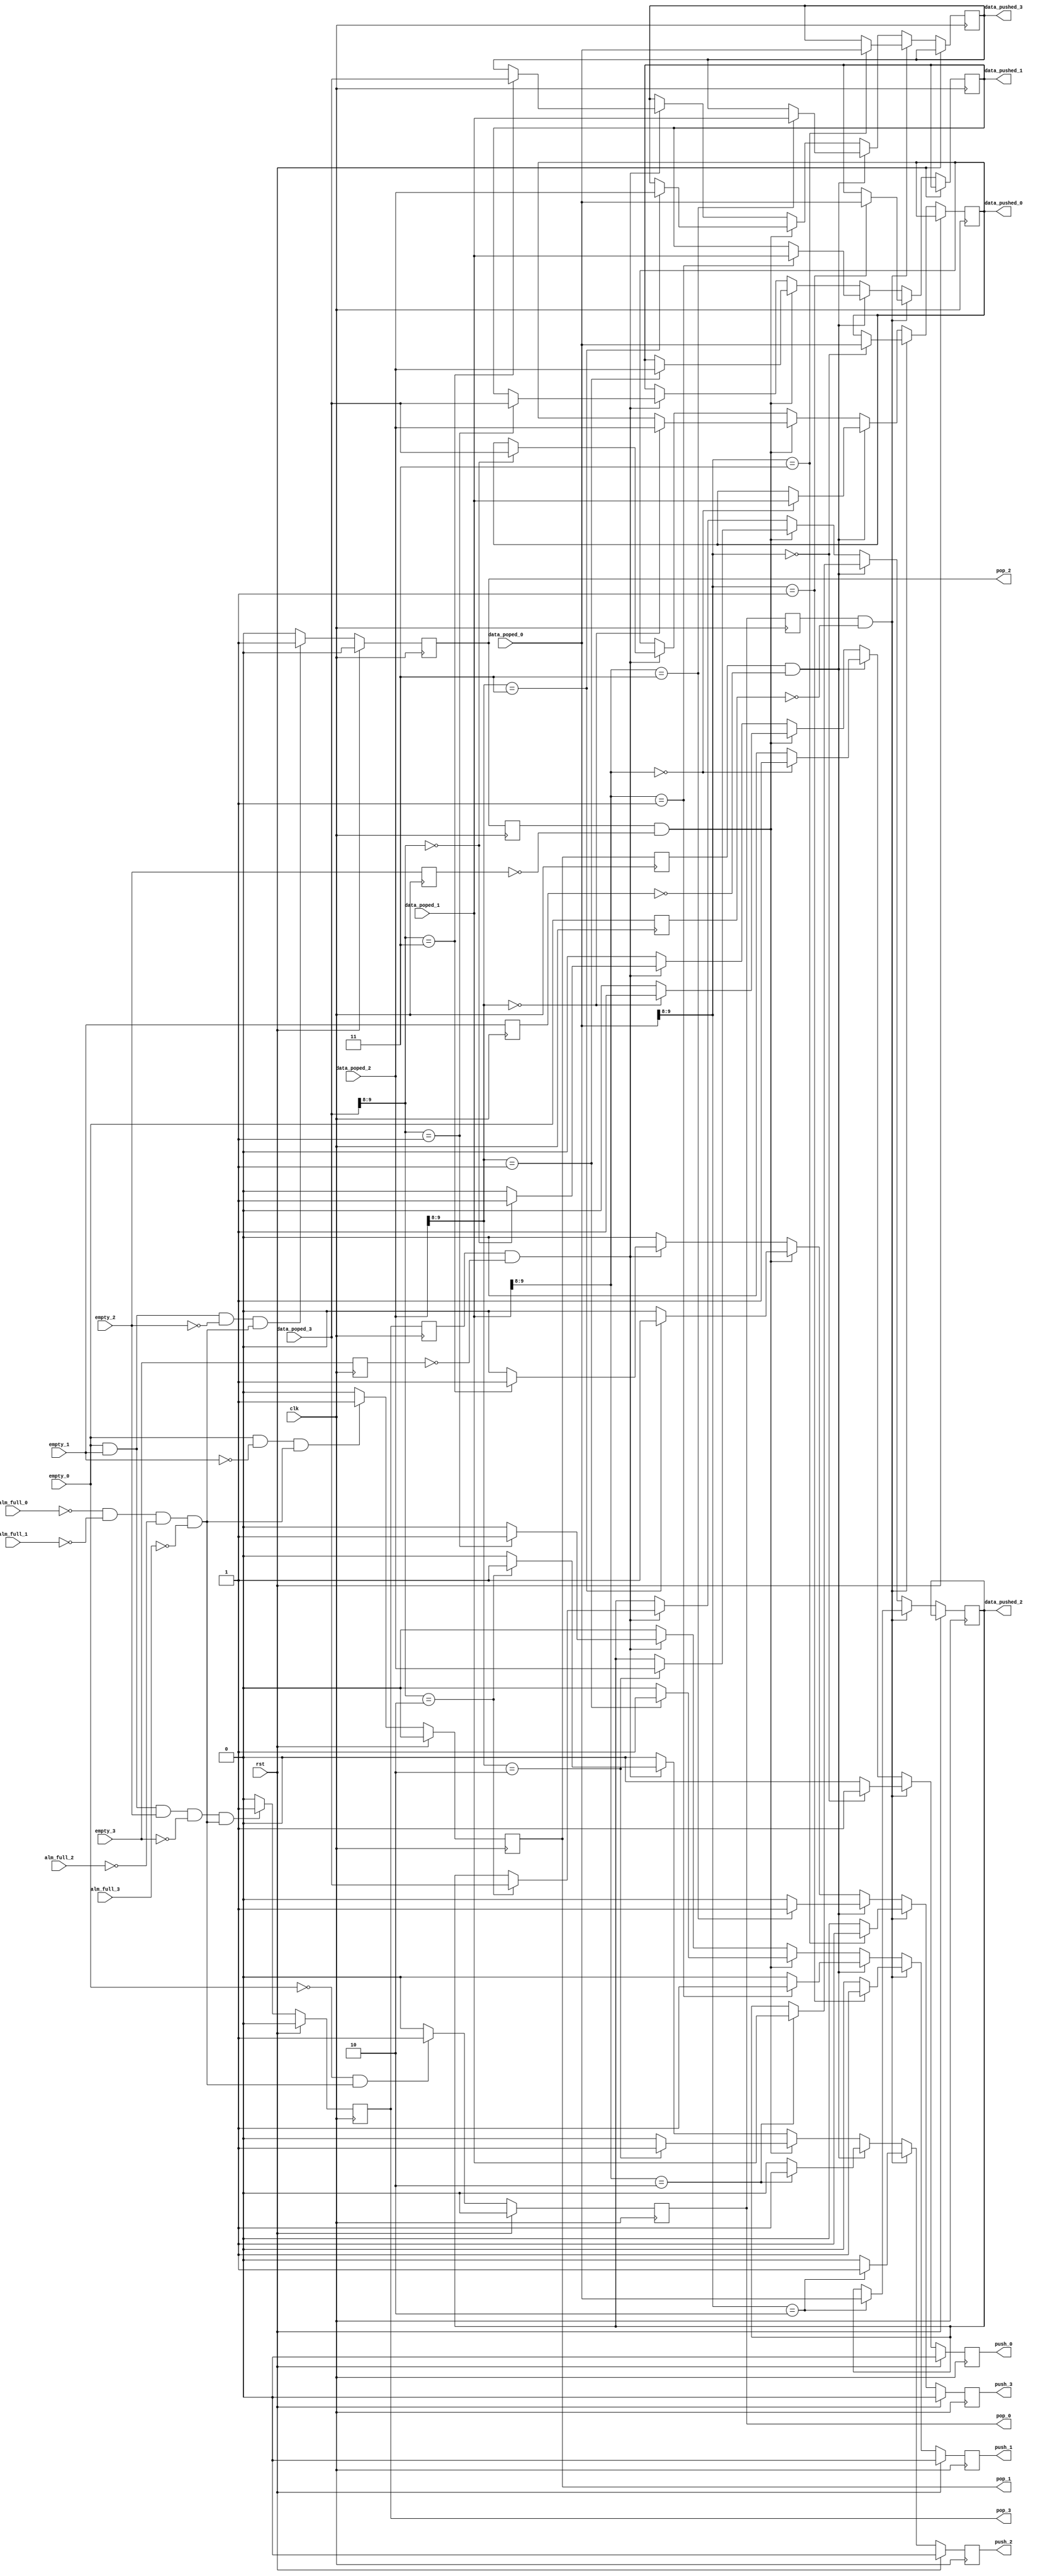
module arbitro_cond (
		     input 	      clk,
		     input 	      rst,
		     input 	      empty_0,
		     input 	      empty_1,
		     input 	      empty_2,
		     input 	      empty_3,
		     input 	      alm_full_0,
		     input 	      alm_full_1,
		     input 	      alm_full_2,
		     input 	      alm_full_3,
		     input [9:0]      data_poped_0,
		     input [9:0]      data_poped_1,
		     input [9:0]      data_poped_2,
		     input [9:0]      data_poped_3,
		     output reg       pop_0,
		     output reg       pop_1,
		     output reg       pop_2,
		     output reg       pop_3,
		     output reg       push_0,
		     output reg       push_1,
		     output reg       push_2,
		     output reg       push_3,
		     output reg [9:0] data_pushed_0,
		     output reg [9:0] data_pushed_1,
		     output reg [9:0] data_pushed_2,
		     output reg [9:0] data_pushed_3
		     );

   reg 				 pop_0_d, pop_1_d, pop_2_d, pop_3_d, empty_0_d, empty_1_d, empty_2_d, empty_3_d;

   always @(posedge clk) begin
      // Esto es para saber luego de cual FIFO tomar los datos leidos
      pop_0_d <= pop_0;
      pop_1_d <= pop_1;
      pop_2_d <= pop_2;
      pop_3_d <= pop_3;

      empty_0_d <= empty_0;
      empty_1_d <= empty_1;
      empty_2_d <= empty_2;
      empty_3_d <= empty_3;
   end // always @ (posedge clk)
   
   always @(posedge clk) begin

      // Establecer valores en 0
      if (rst) begin
	 pop_0 = 0;
	 pop_1 <= 0;
	 pop_2 <= 0;
	 pop_3 <= 0;
	 push_0 <= 0;
	 push_1 <= 0;
	 push_2 <= 0;
	 push_3 <= 0;
      end

      else begin

	 // Pop's
	 
	 // Pop de P0
	 if (!empty_0 & (!alm_full_0 & !alm_full_1 & !alm_full_2 & !alm_full_3))
	   pop_0 <= 1;
	 else
	   pop_0 <= 0;

	 // Pop de P1
	 if (empty_0 & !empty_1 & (!alm_full_0 & !alm_full_1 & !alm_full_2 & !alm_full_3))
	   pop_1 <= 1;
	 else
	   pop_1 <= 0;

	 // Pop de P2
	 if (empty_0 & empty_1 & !empty_2 & (!alm_full_0 & !alm_full_1 & !alm_full_2 & !alm_full_3))
	   pop_2 <= 1;
	 else
	   pop_2 <= 0;

	 // Pop de P3
	 if (empty_0 & empty_1 & empty_2 & !empty_3 & (!alm_full_0 & !alm_full_1 & !alm_full_2 & !alm_full_3))
	   pop_3 <= 1;
	 else
	   pop_3 <= 0;

	 // Push's
	 
	 // Evaluacion de pushes cuando se popea a FIFO_0
	 if (pop_0_d & !empty_0_d) begin
	    
	    if (data_poped_0[9:8] == 0) begin
	       push_0 <= 1;
	       data_pushed_0 <= data_poped_0;
	    end
	    else
	      push_0 <= 0;

	    if (data_poped_0[9:8] == 1) begin
	       push_1 <= 1;
	       data_pushed_1 <= data_poped_0;
	    end
	    else
	      push_1 <= 0;

	    if (data_poped_0[9:8] == 2) begin
	       push_2 <= 1;
	       data_pushed_2 <= data_poped_0;
	    end
	    else
	      push_2 <= 0;

	    if (data_poped_0[9:8] == 3) begin
	       push_3 <= 1;
	       data_pushed_3 <= data_poped_0;
	    end
	    else
	      push_3 <= 0;
	 end // if (pop_0_d)

	 

	 // Evaluacion de pushes cuando se popea a FIFO_1
	 else if (pop_1_d & !empty_1_d) begin
	    
	    if (data_poped_1[9:8] == 0) begin
	       push_0 <= 1;
	       data_pushed_0 <= data_poped_1;
	    end
	    else
	      push_0 <= 0;

	    if (data_poped_1[9:8] == 1) begin
	       push_1 <= 1;
	       data_pushed_1 <= data_poped_1;
	    end
	    else
	      push_1 <= 0;

	    if (data_poped_1[9:8] == 2) begin
	       push_2 <= 1;
	       data_pushed_2 <= data_poped_1;
	    end
	    else
	      push_2 <= 0;

	    if (data_poped_1[9:8] == 3) begin
	       push_3 <= 1;
	       data_pushed_3 <= data_poped_1;
	    end
	    else
	      push_3 <= 0;
	 end // if (pop_1_d)
	 

	 
	 // Evaluacion de pushes cuando se popea a FIFO_2
	 else if (pop_2_d & !empty_2_d) begin
	    
	    if (data_poped_2[9:8] == 0) begin
	       push_0 <= 1;
	       data_pushed_0 <= data_poped_2;
	    end
	    else
	      push_0 <= 0;

	    if (data_poped_2[9:8] == 1) begin
	       push_1 <= 1;
	       data_pushed_1 <= data_poped_2;
	    end
	    else
	      push_1 <= 0;

	    if (data_poped_2[9:8] == 2) begin
	       push_2 <= 1;
	       data_pushed_2 <= data_poped_2;
	    end
	    else
	      push_2 <= 0;

	    if (data_poped_2[9:8] == 3) begin
	       push_3 <= 1;
	       data_pushed_3 <= data_poped_2;
	    end
	    else
	      push_3 <= 0;
	 end // if (pop_2_d)
	 

	 
	 // Evaluacion de pushes cuando se popea a FIFO_3
	 else if (pop_3_d & !empty_3_d) begin
	    
	    if (data_poped_3[9:8] == 0) begin
	       push_0 <= 1;
	       data_pushed_0 <= data_poped_3;
	    end
	    else
	      push_0 <= 0;

	    if (data_poped_3[9:8] == 1) begin
	       push_1 <= 1;
	       data_pushed_1 <= data_poped_3;
	    end
	    else
	      push_1 <= 0;

	    if (data_poped_3[9:8] == 2) begin
	       push_2 <= 1;
	       data_pushed_2 <= data_poped_3;
	    end
	    else
	      push_2 <= 0;

	    if (data_poped_3[9:8] == 3) begin
	       push_3 <= 1;
	       data_pushed_3 <= data_poped_3;
	    end
	    else
	      push_3 <= 0;
	 end // if (pop_3_d)

	 
	 else begin
	    push_0 <= 0;
	    push_1 <= 0;
	    push_2 <= 0;
	    push_3 <= 0;
	 end // else: !if(pop_3_d)
	 
      end // else: !if(rst)
   end // always @ (posedge clk)

   
endmodule // arbitro_cond